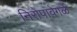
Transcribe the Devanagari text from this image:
निरोपावेगळे